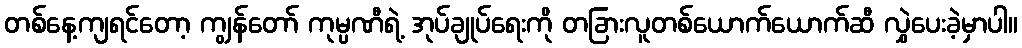
တစ်နေ့ကျရင်တော့ ကျွန်တော် ကုမ္ပဏီရဲ့ အုပ်ချုပ်ရေးကို တခြားလူတစ်ယောက်ယောက်ဆီ လွှဲပေးခဲ့မှာပါ။